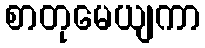
စာတုမေယျကာ